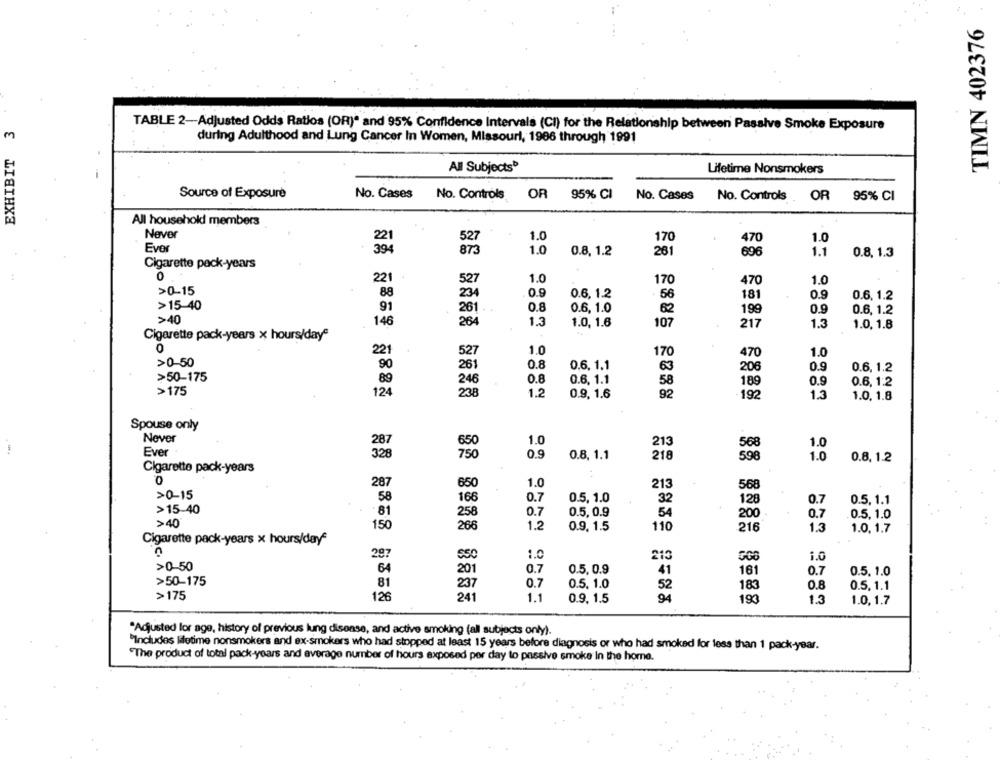
TIMN 402376
TABLE 2-Adjusted Odds Ratios (OR)" and 95% Confidence Intervals (CI) for the Relationship between Passive Smoke Exposure
m
EXHIBIT
during Adulthood and Lung Cancer In Women, Missouri, 1986 through 1991
All Subjects*
Lifetime Nonsmokers
Source of Exposure
No. Cases
No. Controls
OR
95% CI
No. Cases
OR
95% CI
No. Controls.
All household members
Never
221
527
1.0
170
470
1.0
Ever
394
1.0
0.8. 1.2
261
1.1
873
696
0.8. 1.3
Cigarette pack-years
0
221
527
1.0
170
470
1.0
>0-15
88
234
0.9
0.6. 1.2
56
181
0.9
0.6. 1.2
>15-40
91
261 .
0.8
0.6, 1.0
62
199
0.9
0.6. 1.2
>40
146
264
1.3
1.0, 1.6
107
217
1.3
1.0. 1.8
Cigarette pack-years x hours/daye
1.0
221
527
170
470
1.0
>0-50
90
0.8
0.6. 1.1
261
63
206
0.9
0.6, 1.2
>50-175
0.8
0.6. 1.1
58
189
0.9
246
0.6. 1:2
>175
124
238
1.2
0.9. 1.6
192
1.3
1.0. 1.8
Spouse only
Never
1.0
213
1.0
568
Ever
0.9
0.8. 1.1
218
598
1.0
0.8. 1.2
Cigarette pack-years
287
650
1.0
213
568
>0-15
58
166
0.7
0.5, 1.0
32
128
0.7
0.5. 1.1
>15-40
81
258
0.7
0.5, 0.9
54
200
0.7
0.5, 1.0
>40
150
266
1.2
0.9. 1.5
110
216
1.0. 1.7
Cigarette pack-years x hours/day*
29?
210
1.0
550
1.0
>0-50
64
201
0.7
0.5, 0.9
161
0.7
0.5. 1.0
41
>50-175
81
237
0.7
0.5. 1.0
52
183
0.8
0.5. 1.1
>175
126
241
1.1
0.9. 1.5
94
193
1.3
1.0.1.7
"Adjusted lor age, history of previous lung disense, and active smoking (all subjects only).
"Includes lifetime nonsmokers and ex-smokers who had stopped at least 15 years before diagnosis or who had smoked for less than 1 pack-year.
"The product of total pack-years and average number of hours exposed per day to passive smoke In the home.